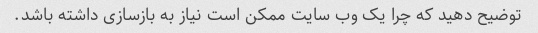
توضیح دهید که چرا یک وب سایت ممکن است نیاز به بازسازی داشته باشد.